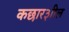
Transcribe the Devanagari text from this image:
कछार३ाील